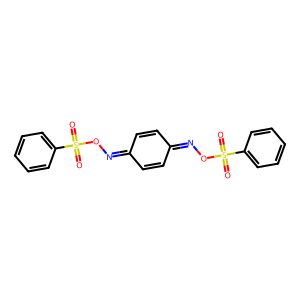
SMILES: O=S(=O)(ON=C1C=CC(=NOS(=O)(=O)c2ccccc2)C=C1)c1ccccc1
Inhibits HIV replication: No